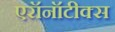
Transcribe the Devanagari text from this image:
एरॉनॉटीक्स